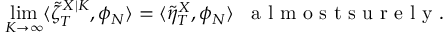
\operatorname* { l i m } _ { K \to \infty } \langle \tilde { \zeta } _ { T } ^ { X | K } , \phi _ { N } \rangle = \langle \tilde { \eta } _ { T } ^ { X } , \phi _ { N } \rangle \; \; \mathrm { ~ a ~ l ~ m ~ o ~ s ~ t ~ s ~ u ~ r ~ e ~ l ~ y ~ } .